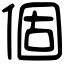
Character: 個